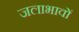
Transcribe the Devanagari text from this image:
जलाभावों